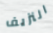
النزيف